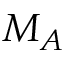
M _ { A }